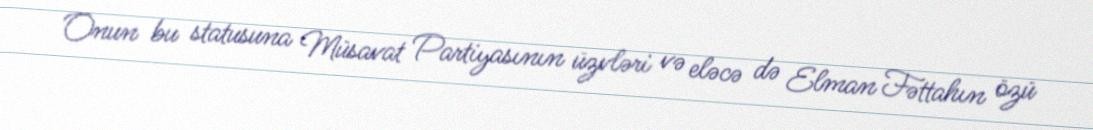
Onun bu statusuna Müsavat Partiyasının üzvləri və eləcə də Elman Fəttahın özü